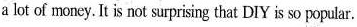
a lot of money. It is not surprising that DIY is so popular.